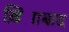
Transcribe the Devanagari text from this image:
ख़िज्राबाद